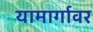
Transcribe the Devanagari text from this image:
यामार्गावर